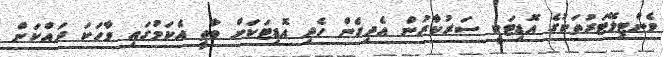
ވެންޓިލޭޓަރުތަކުގެ އޮޑިޓަކީ ސަރުކާރުން އެދިގެން ހެދި އޮޑިޓަކަށް ވާތީ އެކަމުގައި ވާހަކަ ދައްކަން